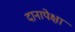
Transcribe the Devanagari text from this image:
दानापेक्षा